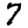
Digit: 7